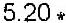
5.20 *